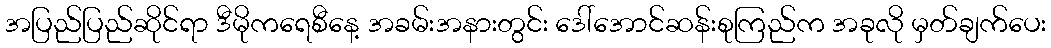
အပြည်ပြည်ဆိုင်ရာ ဒီမိုကရေစီနေ့ အခမ်းအနားတွင်း ဒေါ်အောင်ဆန်းစုကြည်က အခုလို မှတ်ချက်ပေး